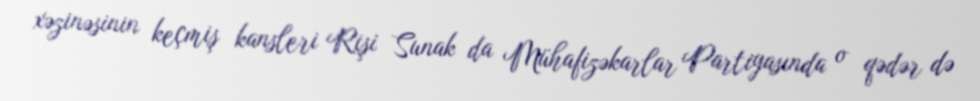
xəzinəsinin keçmiş kansleri Rişi Sunak da Mühafizəkarlar Partiyasında o qədər də